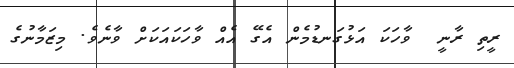
ރީތި ރާނީ  ވާހަކަ އަޅުގަނޑުމެން އެގޭ އެއް ވާހަކައަކަށް ވާނެވެ. މިޒަމާނުގެ